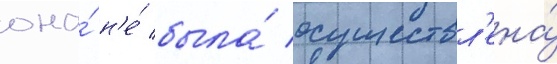
она́ н'е́ была́ осуществл'ена́